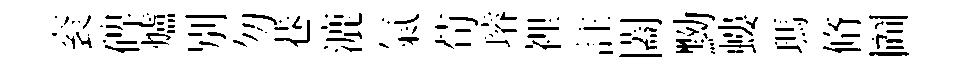
衮碑爐別勿巷漉氣荀璿裡註闔黝螻瑪脩圗